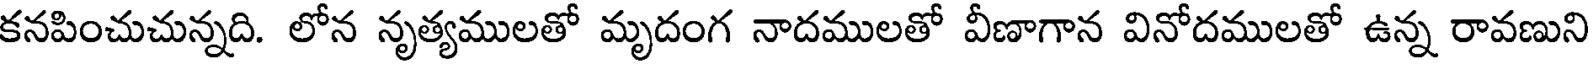
కనపించుచున్నది. లోన నృత్యములతో మృదంగ నాదములతో వీణాగాన వినోదములతో ఉన్న రావణుని